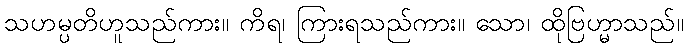
သဟမ္ပတိဟူသည်ကား။ ကိရ၊ ကြားရသည်ကား။ သော၊ ထိုဗြဟ္မာသည်။